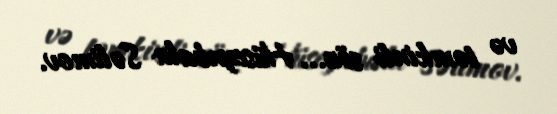
və təmkinli söz... Hüseynbala Səlimov.